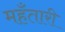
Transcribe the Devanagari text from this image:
महँतारी